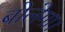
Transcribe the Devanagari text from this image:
बोलेगा।